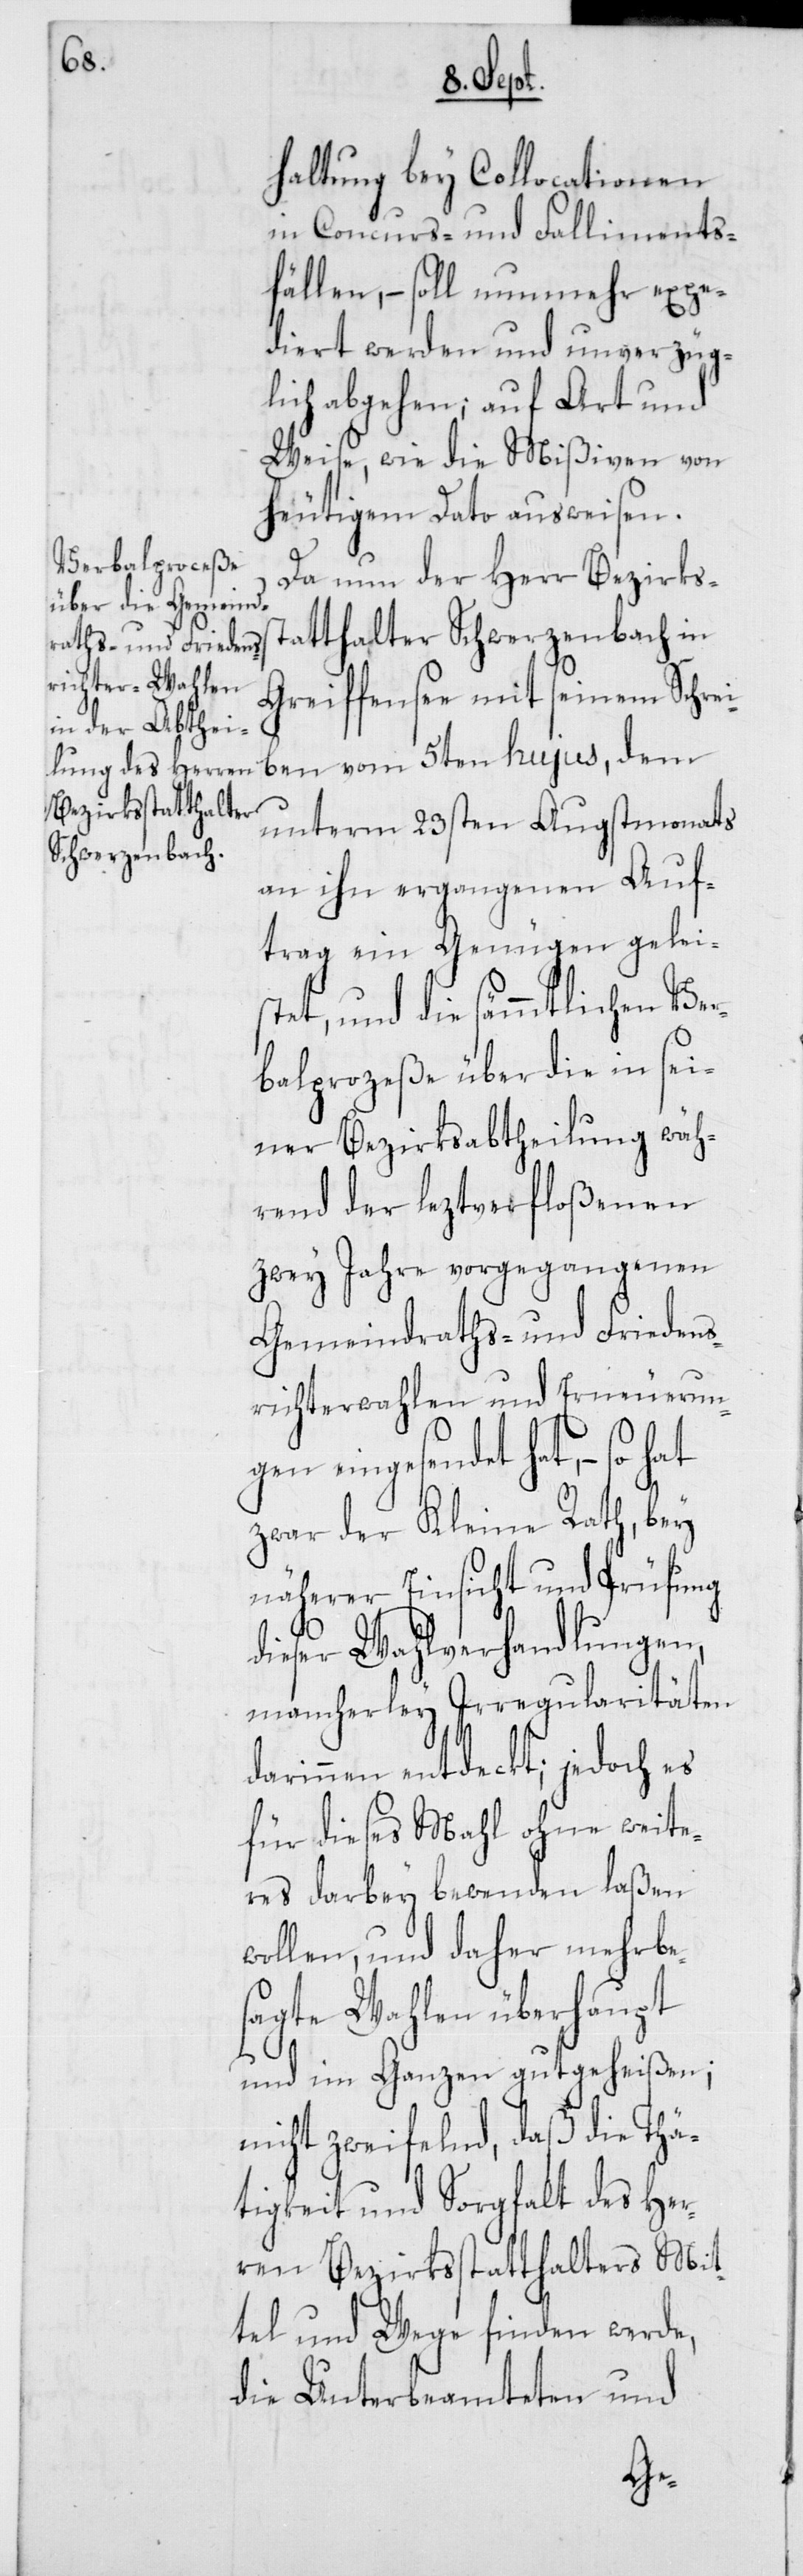
haltung bey Collocationen
in Concurs- und Falliments¬
fällen, – soll nunmehr expe¬
diert werden und unverzüg¬
lich abgehen; auf Art und
Weise, wie die Mißiven von
heutigem Dato ausweisen.
Da nun der Herr Bezirks¬
tatthalter Schwerzenbach in
Greiffensee mit seinem Schre¬
iben vom 5ten hujus, dem
unterm 23sten Augstmonats
an ihn ergangenen Auf¬
trag ein Genügen geleis¬
tet, und die sämmtlichen Ver¬
balprozeße über die in sei¬
ner Bezirksabtheilung wäh¬
rend der leztverfloßenen
zwey Jahre vorgegangenen
Gemeindraths- und Friedens¬
richterwahlen und Erneuerun¬
gen eingesendet hat, – so
zwar der Kleine Rath, bey
näherer Einsicht und Prüfung
s¬
dieser Wahlverhandlungen,
mancherley Irregularitäten
darinnen entdeckt; jedoch es
für dieses Mahl ohne weite¬
res darbey bewenden laßen
wollen, und daher mehrbe¬
sagte Wahlen überhaupt
und im Ganzen gutgeheißen;
nicht zweifelnd, daß die Thä¬
tigkeit und Sorgfalt des Her¬
ren Bezirksstatthalters Mit¬
tel und Wege finden werde,
die Unterbeamteten und